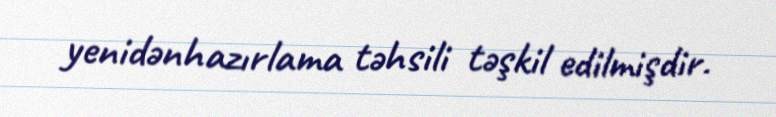
yenidənhazırlama təhsili təşkil edilmişdir.